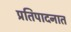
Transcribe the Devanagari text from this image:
प्रतिपादनात